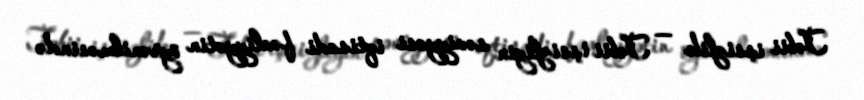
Təbii işsizlik — Təbii işsizliyin səviyyəsi iqtisadi fəaliyyətin öyrənilməsində